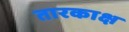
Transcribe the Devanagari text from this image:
तारकाक्ष